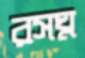
রসঘ্ন